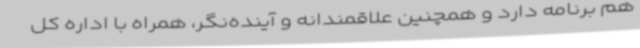
هم برنامه دارد و همچنین علاقمندانه و آینده‌نگر، همراه با اداره‌ کل